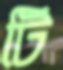
টি